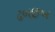
ઢબછબ